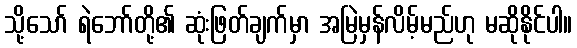
သို့သော် ရဲဘော်တို့၏ ဆုံးဖြတ်ချက်မှာ အမြဲမှန်လိမ့်မည်ဟု မဆိုနိုင်ပါ။